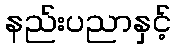
နည်းပညာနှင့်